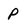
Character: p